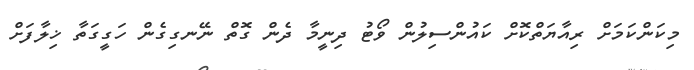
މިކަންކަމަށް ރިއާޔަތްކޮށް ކައުންސިލުން ވޯޓު ދިނީމާ ދެން ގޮތް ނޭނގިގެން ހަގީގަތާ ޚިލާފަށް